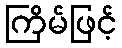
ကြိမ်ဖြင့်